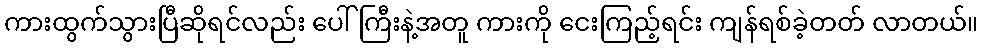
ကားထွက်သွားပြီဆိုရင်လည်း ပေါ်ကြီးနဲ့အတူ ကားကို ငေးကြည့်ရင်း ကျန်ရစ်ခဲ့တတ် လာတယ်။